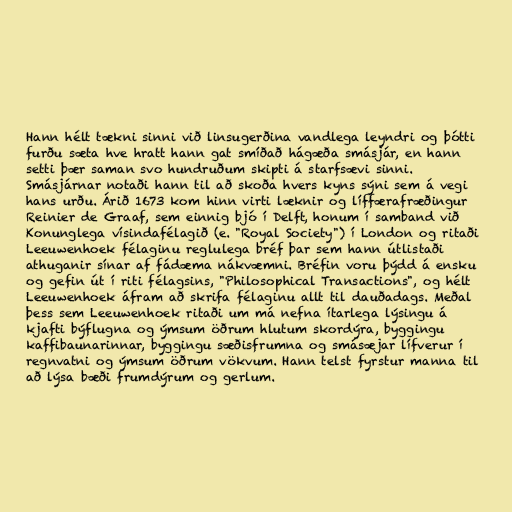
Hann hélt tækni sinni við linsugerðina vandlega leyndri og þótti
furðu sæta hve hratt hann gat smíðað hágæða smásjár, en hann
setti þær saman svo hundruðum skipti á starfsævi sinni.
Smásjárnar notaði hann til að skoða hvers kyns sýni sem á vegi
hans urðu. Árið 1673 kom hinn virti læknir og líffærafræðingur
Reinier de Graaf, sem einnig bjó í Delft, honum í samband við
Konunglega vísindafélagið (e. "Royal Society") í London og ritaði
Leeuwenhoek félaginu reglulega bréf þar sem hann útlistaði
athuganir sínar af fádæma nákvæmni. Bréfin voru þýdd á ensku
og gefin út í riti félagsins, "Philosophical Transactions", og hélt
Leeuwenhoek áfram að skrifa félaginu allt til dauðadags. Meðal
þess sem Leeuwenhoek ritaði um má nefna ítarlega lýsingu á
kjafti býflugna og ýmsum öðrum hlutum skordýra, byggingu
kaffibaunarinnar, byggingu sæðisfrumna og smásæjar lífverur í
regnvatni og ýmsum öðrum vökvum. Hann telst fyrstur manna til
að lýsa bæði frumdýrum og gerlum.